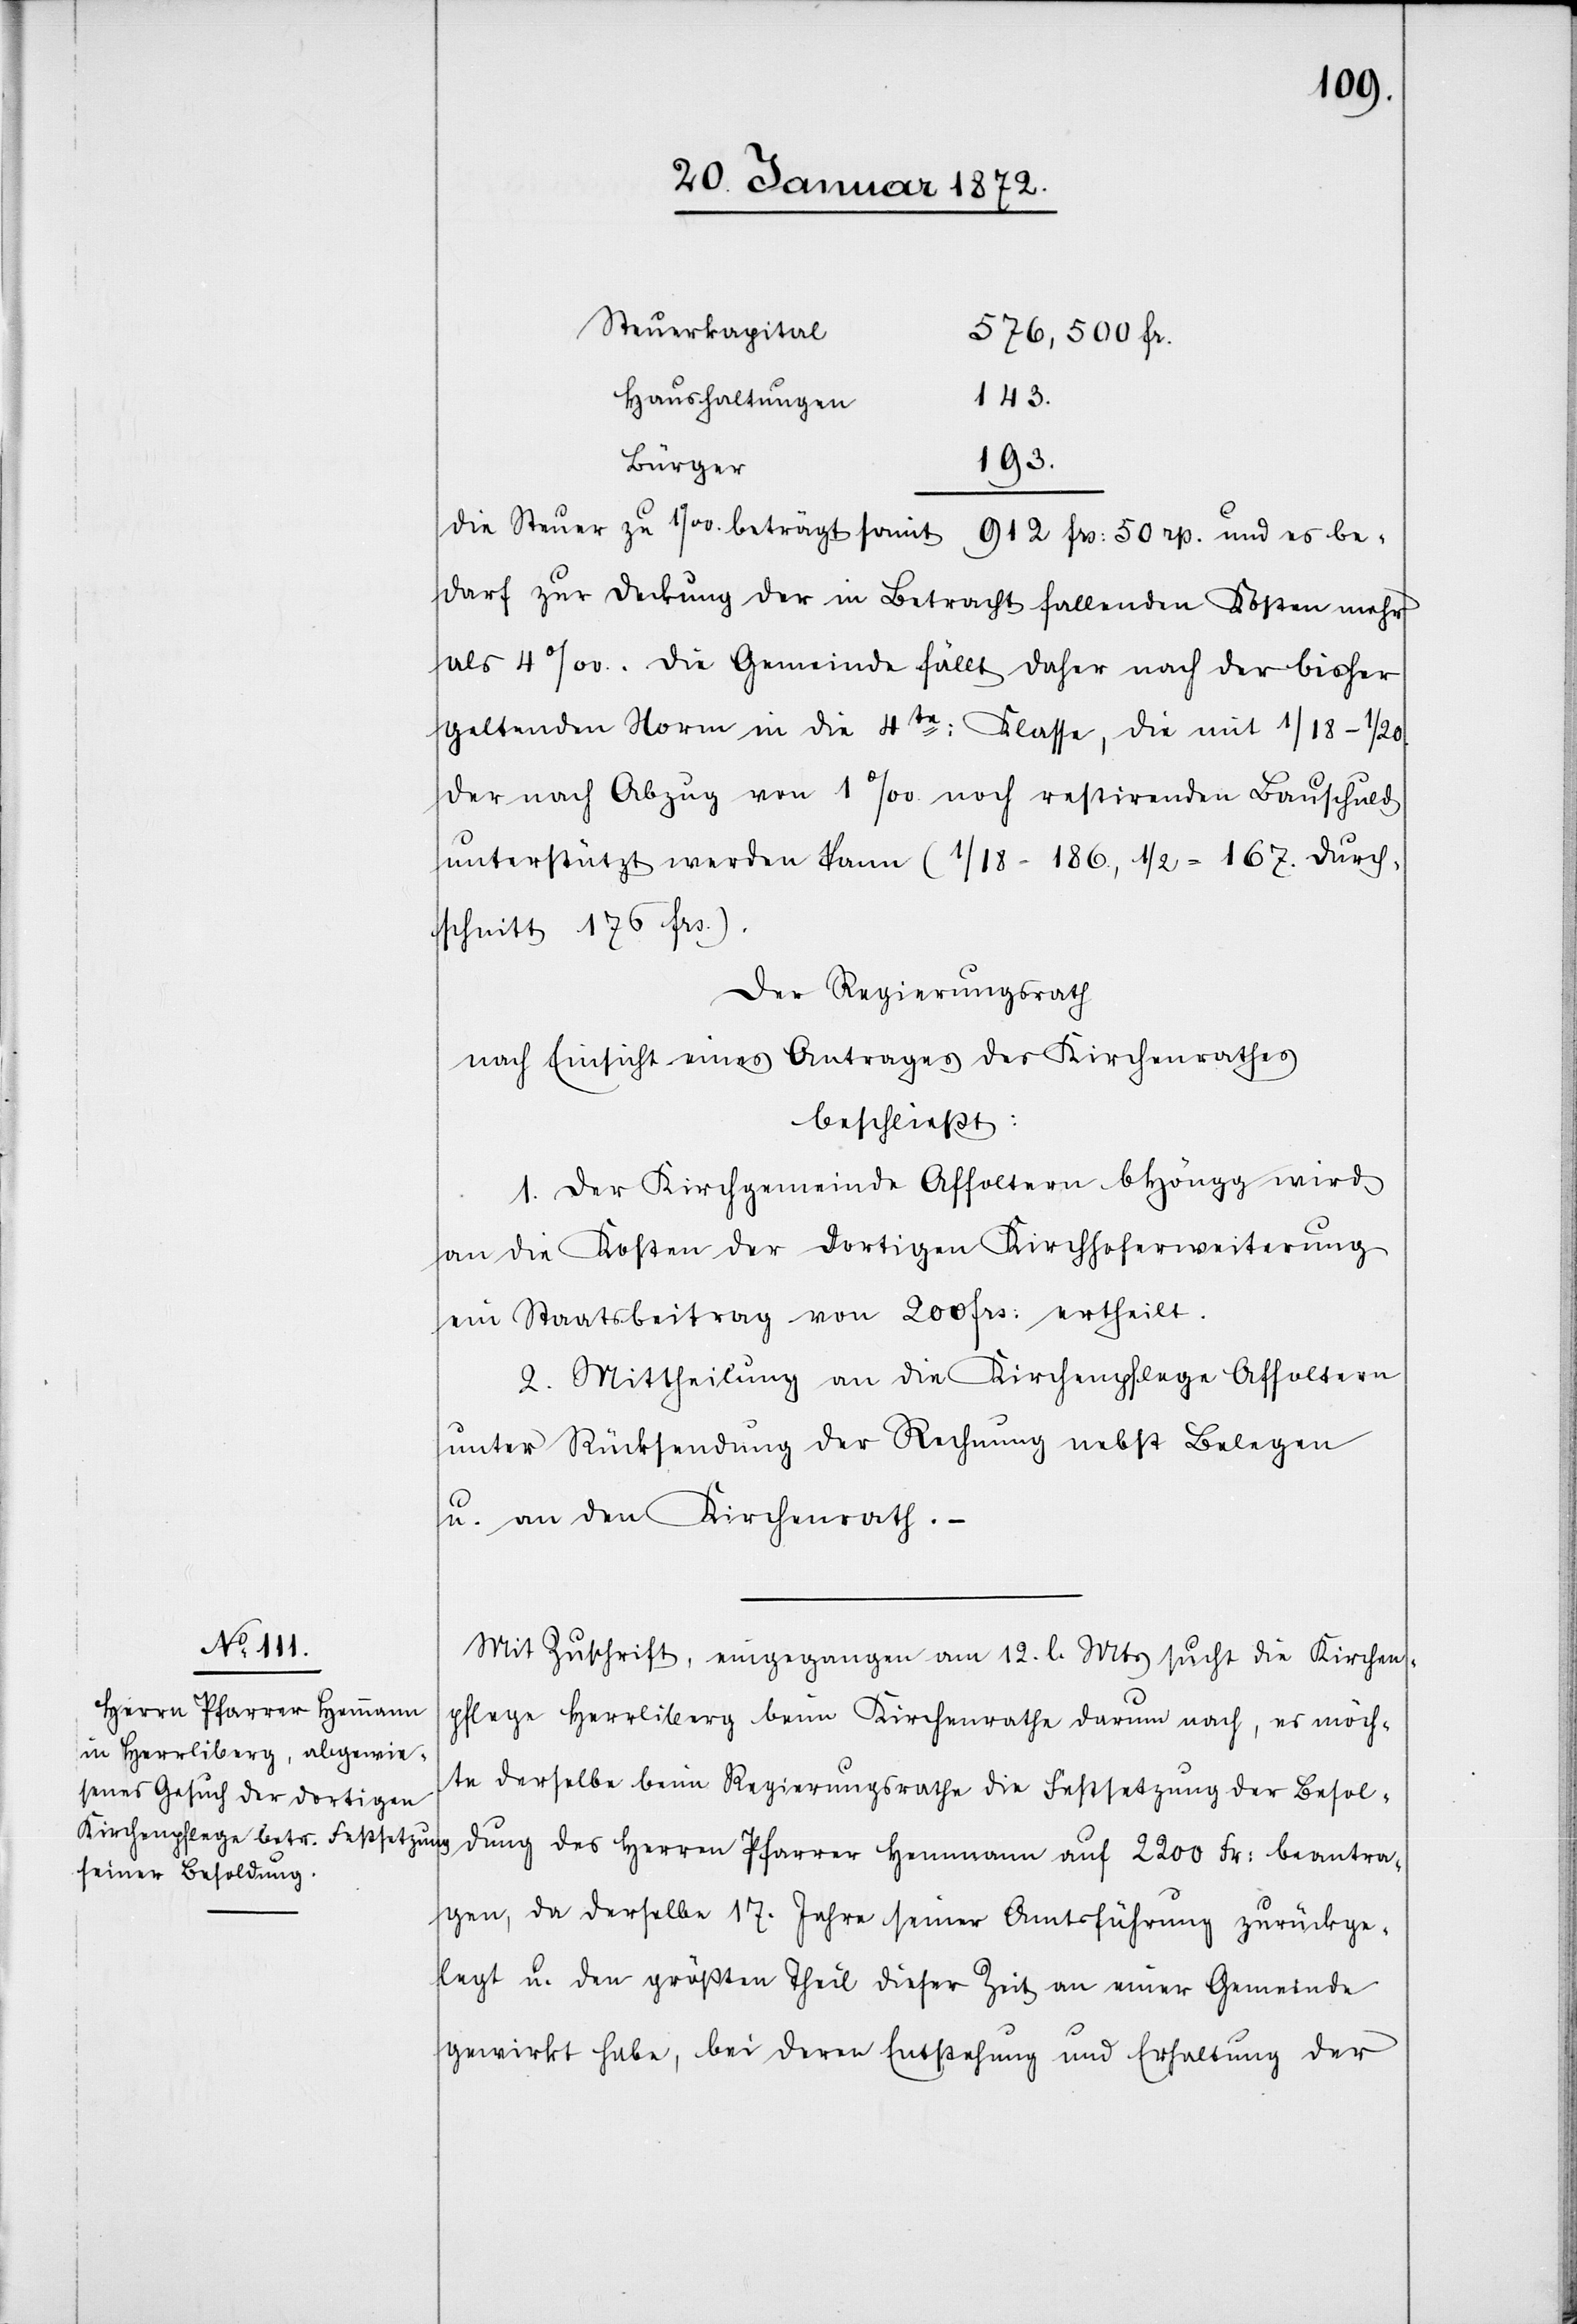
Steuerkapital
576,500 fr.
Haushaltungen
193.
Bürger
Die Steuer zu 1 ‰. beträgt somit 912 frs: 50 rp. und es be¬
darf zur Deckung der in Betracht fallenden Kosten mehr
als 4 ‰. Die Gemeinde fällt daher nach der bisher
geltenden Norm in die 4te: Klasse, die mit 1/18–1/20.
der nach Abzug von 1 ‰. noch restirenden Bauschuld
unterstützt werden kann (1/18 -186., 1/2 = 167. Durch¬
schnitt 176 frs.).
Der Regierungsrath
nach Einsicht eines Antrages des Kirchenrathes
beschließt:
1. Der Kirchengemeinde Affoltern b Höngg wird
an die Kosten der dortigen Kirchhoferweiterung
ein Staatsbeitrag von 200 frs: ertheilt.
2. Mittheilung an die Kirchenpflege Affoltern
unter Rücksendung der Rechnung nebst Belegen
u. an den Kirchenrath. –
Mit Zuschrift, eingegangen am 12. l. Mts sucht die Kirchen¬
pflege Herrliberg beim Kirchenrathe darum nach, es möch¬
te derselbe beim Regierungsrathe die Festsetzung der Besol¬
dung des Herren Pfarrer Hemmann auf 2200 Fr: beantra¬
gen, da derselbe 17. Jahre seiner Amtsführung zurückge¬
legt u. den größten Theil dieser Zeit an einer Gemeinde
gewirkt habe, bei deren Entstehung und Erhaltung der